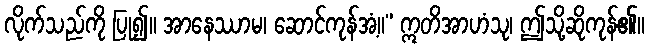
လိုက်သည်ကို ပြု၍။ အာနေဿာမ၊ ဆောင်ကုန်အံ့။” ဣတိအာဟံသု၊ ဤသို့ဆိုကုန်၏။